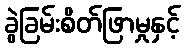
ခွဲခြမ်းစိတ်ဖြာမှုနှင့်